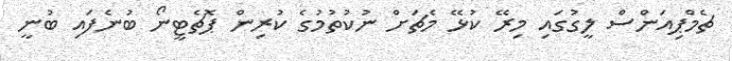
ޗެމްޕިއަންސް ލީގުގައި މިރޭ ކުޅޭ މެޗަށް ނުކުތުމުގެ ކުރިން ޕޮޗެޓީނޯ ބުނެފައި ބުނީ